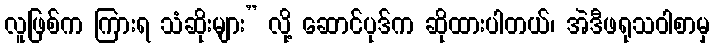
လူဖြစ်က ကြားရ သံဆိုးများ” လို့ ဆောင်ပုဒ်က ဆိုထားပါတယ်၊ အဲဒီဖရုသဝါစာမှ